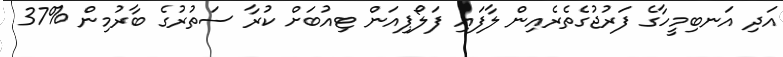
އަދި އަނބިމީހާގެ ފަރުޖުގެތެރެއިން ލާފައި ފަލޯޕިއަން ޓިއުބަށް ކުރާ ސަތުރުގެ ބާރުމިން %37